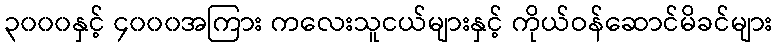
၃၀၀၀နှင့် ၄၀၀၀အကြား ကလေးသူငယ်များနှင့် ကိုယ်ဝန်ဆောင်မိခင်များ